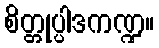
စိတ္တုပ္ပါဒကဏ္ဍ။